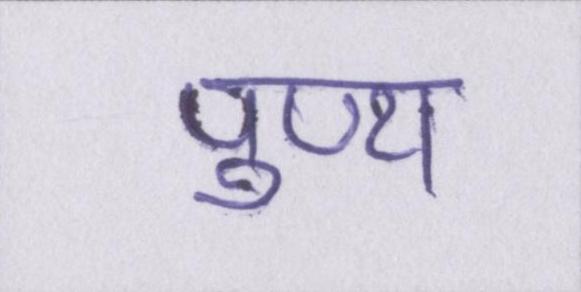
पुण्य